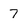
Character: 7